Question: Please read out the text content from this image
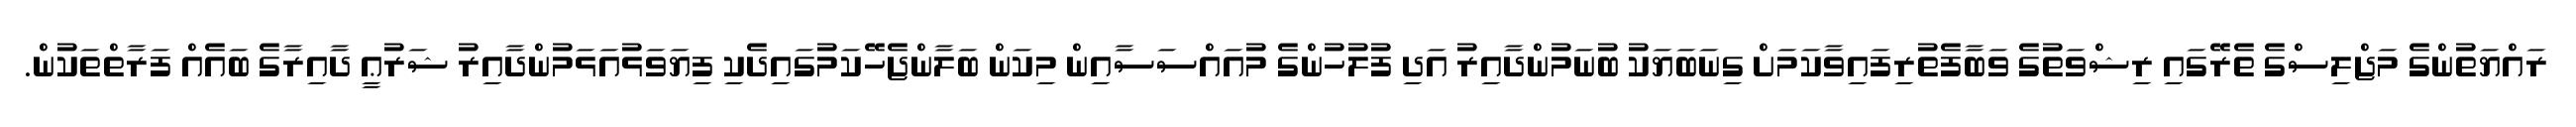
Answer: ރައްޔަތުންގެ މަޖްލިސްގެ ތެރޭގައި ރިޝްވަތުގެ ވަބާފެތުރިފައިވާކަމަށް ގިނަބަޔަކު ބުނަމުންދާއިރު އަދި ފުލުހުންގެ މުއައްސަސާއިން މިކަން ބަލާންޖެހޭކަމުގައިދެކި ފިޔަވަޅުއަޅަމުންދާއިރު ޝަރުޢީ ދާއިރާގެ ބައެއް ފަރާތްތަކުން.